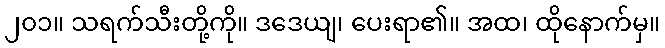
၂၀၁။ သရက်သီးတို့ကို။ ဒဒေယျ၊ ပေးရာ၏။ အထ၊ ထိုနောက်မှ။